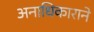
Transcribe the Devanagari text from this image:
अनाधिकाराने